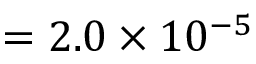
= 2 . 0 \times 1 0 ^ { - 5 }